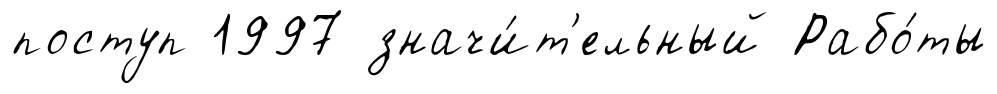
поступ 1997 значи́т'ельный Рабо́ты